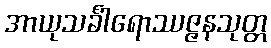
အာယုသင်္ခါရောဿဇ္ဇနသုတ္တ